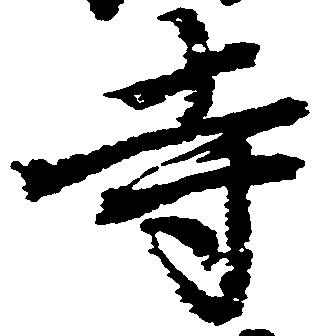
寺